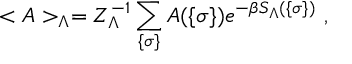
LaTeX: < A > _ { \Lambda } = Z _ { \Lambda } ^ { - 1 } \sum _ { \{ \sigma \} } A ( \{ \sigma \} ) e ^ { - \beta S _ { \Lambda } ( \{ \sigma \} ) } ~ ,